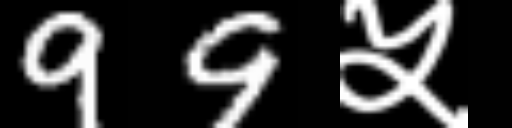
Text: 99५